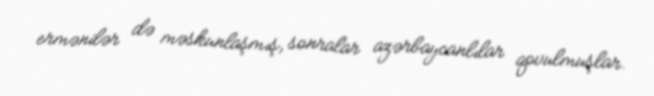
ermənilər də məskunlaşmış, sonralar azərbaycanlılar qovulmuşlar.